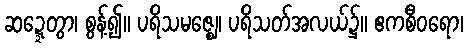
ဆဍ္ဍေတွာ၊ စွန့်၍။ ပရိသမဇ္ဈေ၊ ပရိသတ်အလယ်၌။ ဧကစီဝရော၊